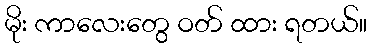
မိုး ကာလေးတွေ ဝတ် ထား ရတယ်။